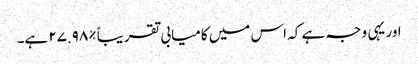
اور یہی وجہ ہے کہ اس میں کامیابی تقریباً %٢٧.٩٨ ہے۔